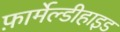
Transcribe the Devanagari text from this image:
फ़ार्मेल्डीहाइड